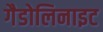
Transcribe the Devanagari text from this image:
गैडोलिनाइट